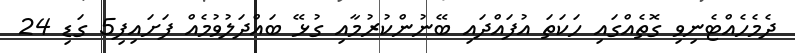
ދެމެހެއްޓެނިވި ގޮތެއްގައި ހަކަތަ އުފައްދައި ބޭނުންކުރުމާއި ގުޅޭ ބައްދަލުވުމެއް ފަށައިފި5 ގަޑި 24